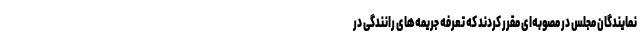
نمایندگان مجلس در مصوبه‌ای مقرر کردند که تعرفه جریمه‌های رانندگی در